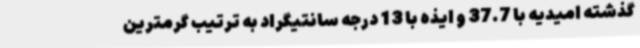
گذشته امیدیه با 37.7 و ایذه با 13 درجه سانتیگراد به ترتیب گرمترین